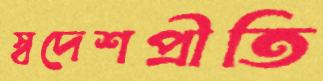
স্বদেশপ্রীতি